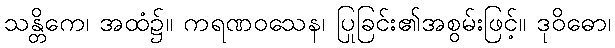
သန္တိကေ၊ အထံ၌။ ကရဏဝသေန၊ ပြုခြင်း၏အစွမ်းဖြင့်။ ဒုဝိဓော၊